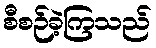
စီစဉ်ခဲ့ကြသည်